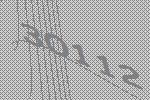
30112